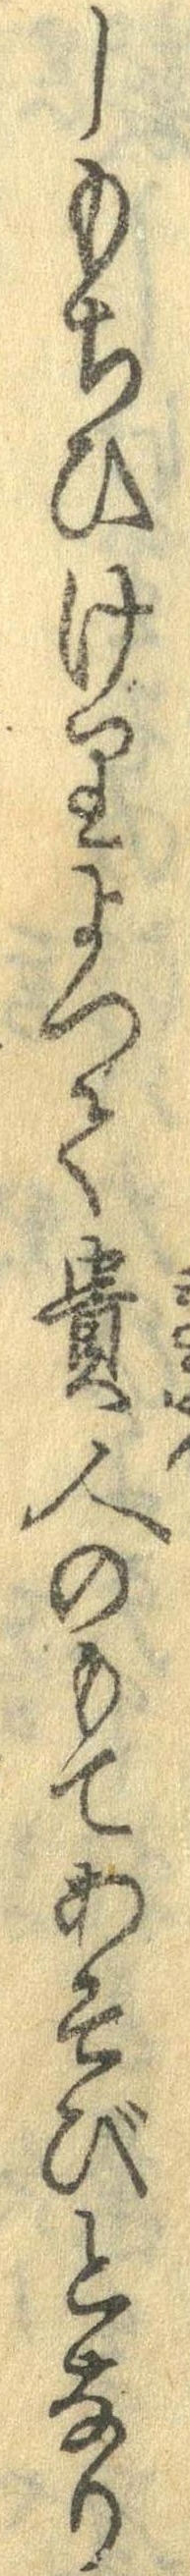
しもちひけりよって貴人のもてあそびとなり